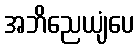
အဘိညေယျံပေ